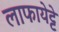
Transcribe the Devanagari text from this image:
लाफायेट्टे